Etiology and epidemiology of plague
Disease focus: Plague
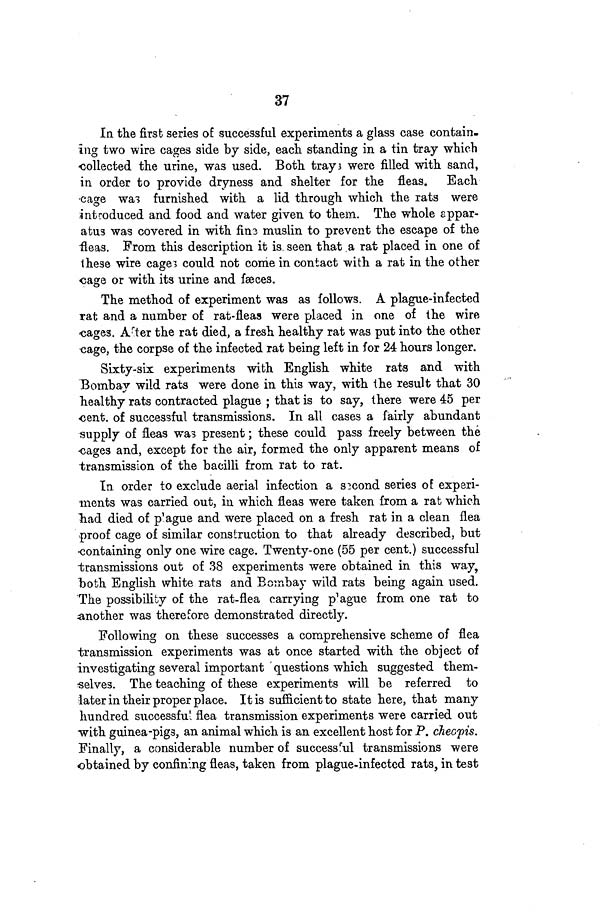
37
In the first series of successful experiments a glass case contain-
ing two wire cages side by side, each standing in a tin tray which
collected the urine, was used. Both trays were filled with sand,
in order to provide dryness and shelter for the fleas. Each
cage was furnished with a lid through which the rats were
introduced and food and water given to them. The whole appar-
atus was covered in with fine muslin to prevent the escape of the
fleas. From this description it is seen that a rat placed in one of
these wire cages could not come in contact with a rat in the other
cage or with its urine and fæces.
The method of experiment was as follows. A plague-infected
rat and a number of rat-fleas were placed in one of the wire
cages. After the rat died, a fresh healthy rat was put into the other
cage, the corpse of the infected rat being left in for 24 hours longer.
Sixty-six experiments with English white rats and with
Bombay wild rats were done in this way, with the result that 30
healthy rats contracted plague ; that is to say, there were 45 per
cent. of successful transmissions. In all cases a fairly abundant
supply of fleas was present; these could pass freely between the
cages and, except for the air, formed the only apparent means of
transmission of the bacilli from rat to rat.
In order to exclude aerial infection a S2cond series of experi-
ments was carried out, in which fleas were taken from a rat which
had died of plague and were placed on a fresh rat in a clean flea
proof cage of similar construction to that already described, but
containing only one wire cage. Twenty-one (55 per cent.) successful
transmissions out of 38 experiments were obtained in this way,
both English white rats and Bombay wild rats being again used.
The possibility of the rat-flea carrying plague from one rat to
another was therefore demonstrated directly.
Following on these successes a comprehensive scheme of flea
transmission experiments was at once started with the object of
investigating several important questions which suggested them-
selves. The teaching of these experiments will be referred to
later in their proper place. It is sufficient to state here, that many
hundred successful flea transmission experiments were carried out
with guinea-pigs, an animal which is an excellent host for P. cheopis.
Finally, a considerable number of successful transmissions were
obtained by confining fleas, taken from plague-infected rats, in test